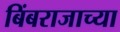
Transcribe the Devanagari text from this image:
बिंबराजाच्या